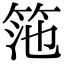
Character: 筂